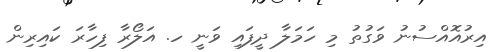
އިރުއޮއްސުނު ވަގުތު މި ހަމަލާ ދީފައި ވަނީ ހ. އަލޯރާ ފިހާރަ ކައިރިން